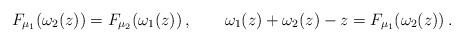
LaTeX: \begin{align*} F_{\mu_1}(\omega_{2}(z))=F_{\mu_2}(\omega_{1}(z))\,,\qquad\omega_1(z)+\omega_2(z)-z=F_{\mu_1}(\omega_{2}(z))\,. \end{align*}